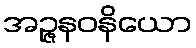
အဉ္ဇနဝနိယော